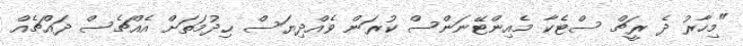
"މިހާރު ދެ ރީޗް ސްޓެކާ މެއިންޓޭނަންސް ކުރަން ވެއްދިޔަސް ޙިދުމަތަށް އެއްޗެސް ދައްޗެއް